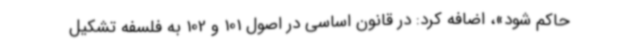
حاکم شود»، اضافه کرد: در قانون اساسی در اصول 101 و 102 به فلسفه تشکیل